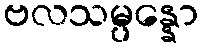
ဗလသမ္ပန္နော